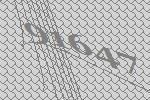
91647